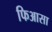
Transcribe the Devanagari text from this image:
फिआसा